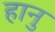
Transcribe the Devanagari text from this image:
हानु